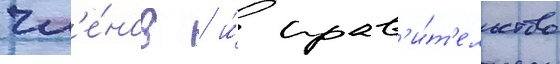
чл'е́нов / и́ прав'и́т'ельство